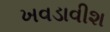
ખવડાવીશ